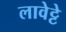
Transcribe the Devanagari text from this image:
लावेट्टे